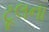
ટૂલના